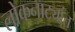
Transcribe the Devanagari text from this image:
लोकनाट्यांत